Malaria in the Andamans - Number 56
Disease focus: Malaria
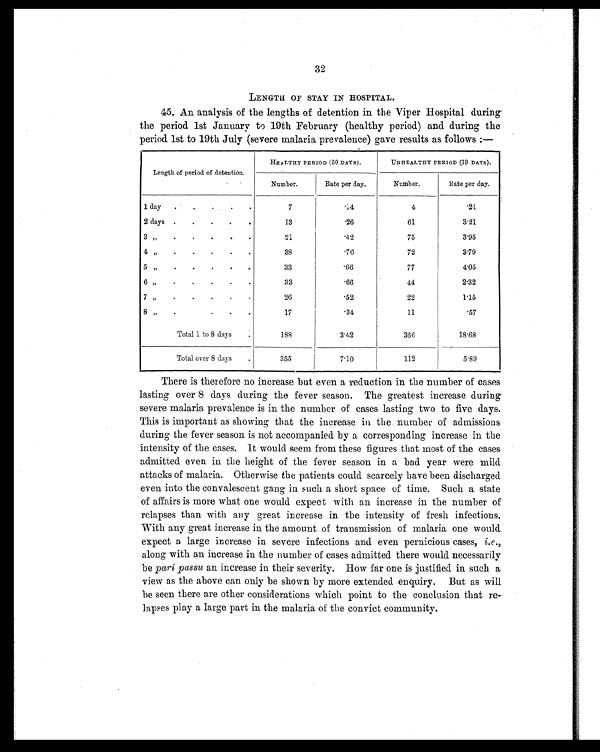
32
LENGTH OF STAY IN HOSPITAL.
45. An analysis of the lengths of detention in the Viper Hospital during
the period 1st January to 19th February (healthy period) and during the
period 1st to 19th July (severe malaria prevalence) gave results as follows :—
Length of period of detention.
HEALTHY PERIOD (50 DAYS).
UNHEALTHY PERIOD (19 DAYS).
Number.
Rate per day.
Number.
Rate per day.
1 day .
.
.
.
.
7
.14
4
.21
2 days .
.
.
.
.
13
.26
61
3.21
3 "
21
.42
75
3.95
4 " . . . . .
38
.76
72
3.79
5 "
33
.66
77
4.05
6 "
33
.66
44
2.32
7 "
26
.52
22
1.15
8 "
.
17
.34
11
.57
Total 1 to 8 days
.
188
3.42
366
18.68
Total over 8 days
355
7.10
112
5.89
There is therefore no increase but even a reduction in the number of cases
lasting over 8 days during the fever season. The greatest increase during
severe malaria prevalence is in the number of cases lasting two to five days.
This is important as showing that the increase in the number of admissions
during the fever season is not accompanied by a corresponding increase in the
intensity of the cases. It would seem from these figures that most of the cases
admitted even in the height of the fever season in a bad year were mild
attacks of malaria. Otherwise the patients could scarcely have been discharged
even into the convalescent gang in such a short space of time. Such a state
of affairs is more what one would expect with an increase in the number of
relapses than with airy great increase in the intensity of fresh infections.
With any great increase in the amount of transmission of malaria one would
expect a large increase in severe infections and even pernicious cases, i.e.,
along with an increase in the number of cases admitted there would necessarily
be pari passu an increase in their severity. How far one is justified in such a
view as the above can only be shown by more extended enquiry. But as will
be seen there are other considerations which point to the conclusion that re-
lapses play a large part in the malaria of the convict community.